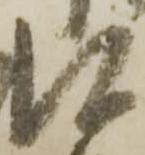
に